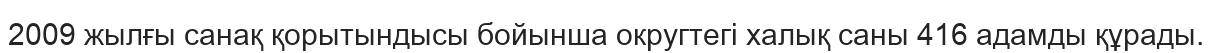
2009 жылғы санақ қорытындысы бойынша округтегі халық саны 416 адамды құрады.